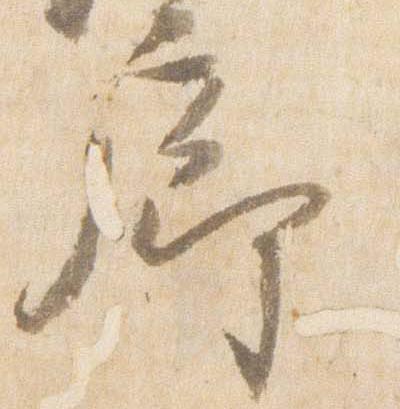
廊